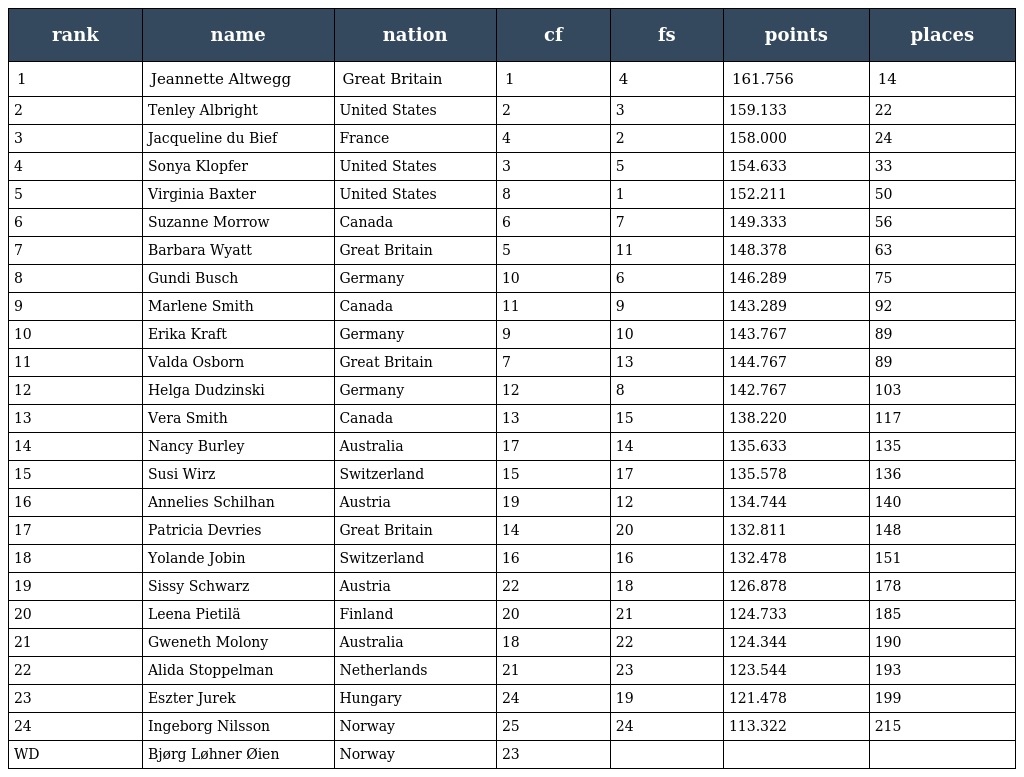
| rank | name | nation | cf | fs | points | places |
 | --- | --- | --- | --- | --- | --- | --- |
 | 1 | Jeannette Altwegg | Great Britain | 1 | 4 | 161.756 | 14 |
 | 2 | Tenley Albright | United States | 2 | 3 | 159.133 | 22 |
 | 3 | Jacqueline du Bief | France | 4 | 2 | 158.000 | 24 |
 | 4 | Sonya Klopfer | United States | 3 | 5 | 154.633 | 33 |
 | 5 | Virginia Baxter | United States | 8 | 1 | 152.211 | 50 |
 | 6 | Suzanne Morrow | Canada | 6 | 7 | 149.333 | 56 |
 | 7 | Barbara Wyatt | Great Britain | 5 | 11 | 148.378 | 63 |
 | 8 | Gundi Busch | Germany | 10 | 6 | 146.289 | 75 |
 | 9 | Marlene Smith | Canada | 11 | 9 | 143.289 | 92 |
 | 10 | Erika Kraft | Germany | 9 | 10 | 143.767 | 89 |
 | 11 | Valda Osborn | Great Britain | 7 | 13 | 144.767 | 89 |
 | 12 | Helga Dudzinski | Germany | 12 | 8 | 142.767 | 103 |
 | 13 | Vera Smith | Canada | 13 | 15 | 138.220 | 117 |
 | 14 | Nancy Burley | Australia | 17 | 14 | 135.633 | 135 |
 | 15 | Susi Wirz | Switzerland | 15 | 17 | 135.578 | 136 |
 | 16 | Annelies Schilhan | Austria | 19 | 12 | 134.744 | 140 |
 | 17 | Patricia Devries | Great Britain | 14 | 20 | 132.811 | 148 |
 | 18 | Yolande Jobin | Switzerland | 16 | 16 | 132.478 | 151 |
 | 19 | Sissy Schwarz | Austria | 22 | 18 | 126.878 | 178 |
 | 20 | Leena Pietilä | Finland | 20 | 21 | 124.733 | 185 |
 | 21 | Gweneth Molony | Australia | 18 | 22 | 124.344 | 190 |
 | 22 | Alida Stoppelman | Netherlands | 21 | 23 | 123.544 | 193 |
 | 23 | Eszter Jurek | Hungary | 24 | 19 | 121.478 | 199 |
 | 24 | Ingeborg Nilsson | Norway | 25 | 24 | 113.322 | 215 |
 | WD | Bjørg Løhner Øien | Norway | 23 |  |  |  |